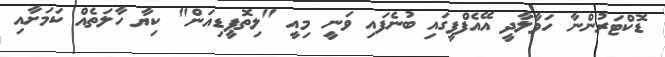
ޑޮކްޓަރުންނާ ހަވާލާދީ އޭއެފްޕީގައި ބުނެފައި ވަނީ މިއީ "ލިތޮޕީޑިއަން" ކިޔާ ހާލަތެއް ކަމަށާއި